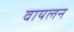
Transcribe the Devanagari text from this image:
वायलन